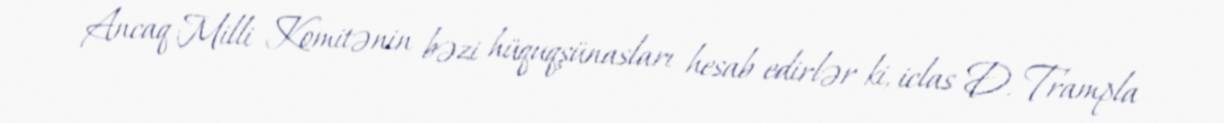
Ancaq Milli Komitənin bəzi hüquqşünasları hesab edirlər ki, iclas D. Trampla